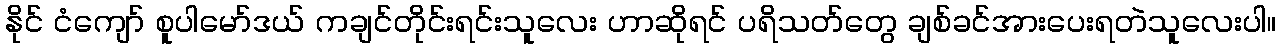
နိုင် ငံကျော် စူပါမော်ဒယ် ကချင်တိုင်းရင်းသူလေး ဟာဆိုရင် ပရိသတ်တွေ ချစ်ခင်အားပေးရတဲသူလေးပါ။